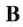
B